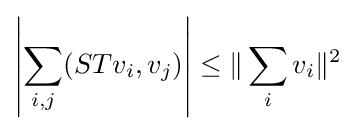
\left|\sum _{i,j}(STv_{i},v_{j})\right|\leq \|\sum _{i}v_{i}\|^{2}